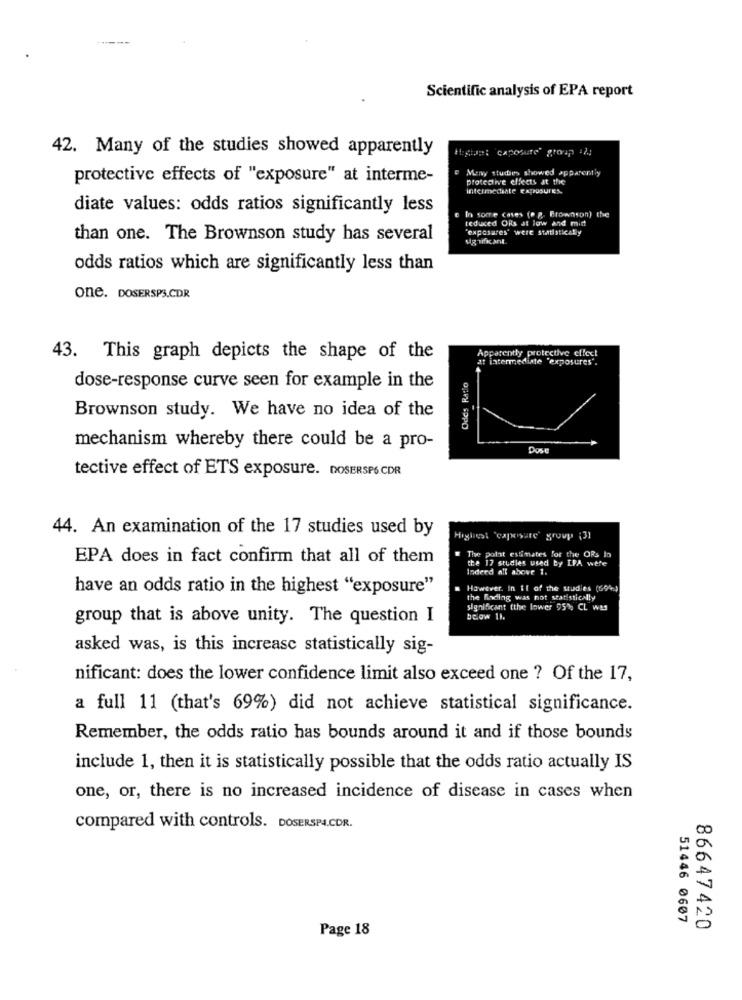
Scientific analysis of EPA report
42. Many of the studies showed apparently
Igian: caposuite" group il
e Many studies showed apparently
protective effects of "exposure" at interme-
protective effects at the
intermediate EA, POSUres.
diate values: odds ratios significantly less
e In some cases (. g. Brownson) the
reduced ORs at law and mid
"exposures" were statistically
than one. The Brownson study has several
odds ratios which are significantly less than
one. DOSERSPS.CDR
Apparently protective effect
43. This graph depicts the shape of the
at intermediate 'exposures'.
Odds Ratio
dose-response curve seen for example in the
Brownson study. We have no idea of the
mechanism whereby there could be a pro-
tective effect of ETS exposure. DOSERSP6.CDR
44. An examination of the 17 studies used by
Highest 'caposure' group (31
EPA does in fact confirm that all of them
The polat estimates for the ORs Ia
the 17 studies used by LPA were
Indeed alt above 1.
have an odds ratio in the highest "exposure"
However. In it of the studies (694)
the Binding was not statistically
significant tthe lower 95% CL was
group that is above unity. The question I
below 11.
asked was, is this increase statistically sig-
nificant: does the lower confidence limit also exceed one ? Of the 17,
a full 11 (that's 69%) did not achieve statistical significance.
Remember, the odds ratio has bounds around it and if those bounds
include 1, then it is statistically possible that the odds ratio actually IS
one, or, there is no increased incidence of disease in cases when
compared with controls. DOSERSPA.CDR.
51446 0607
Page 18
86647420